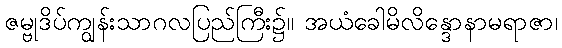
ဇမ္ဗုဒိပ်ကျွန်းသာဂလပြည်ကြီး၌။ အယံခေါမိလိန္ဒောနာမရာဇာ၊